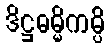
ဒိဋ္ဌဓမ္မိကမ္ပိ